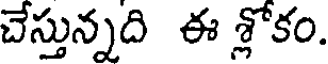
చేస్తున్నది ఈ శ్లోకం.